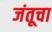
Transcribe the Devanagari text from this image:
जंतूचा